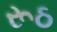
રૂઠ